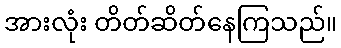
အားလုံး တိတ်ဆိတ်နေကြသည်။